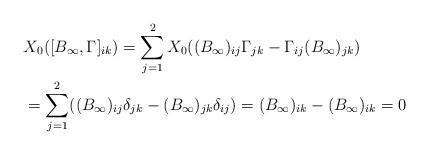
LaTeX: \begin{align*}& X_{0} ( [ B_{\infty}, \Gamma ]_{ik}) = \sum_{j=1}^{2} X_{0}( (B_{\infty})_{ij} \Gamma_{jk} - \Gamma_{ij} (B_{\infty})_{jk} )\\ & = \sum_{j=1}^{2} ( (B_{\infty})_{ij}\delta_{jk} - (B_{\infty})_{jk} \delta_{ij} ) = (B_{\infty})_{ik} - (B_{\infty})_{ik} =0\end{align*}